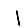
Digit: 1